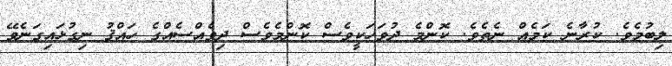
ލިބުމެވެ. ކުރާނެ ކަމެއް ނެތެވެ. ކޮންމެ ދުވަހަކީވެސް ކޮންމެވެސް ދިވެއްސެއްގެ ހައްޤު ނިގުޅައިގަނެވޭ